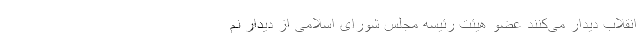
انقلاب دیدار می‌کنند عضو هیئت رئیسه مجلس شورای اسلامی از دیدار نم